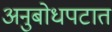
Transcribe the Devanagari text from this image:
अनुबोधपटात